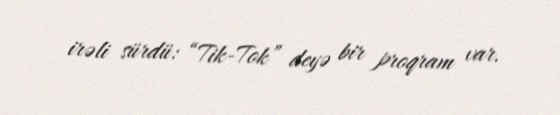
irəli sürdü: “Tik-Tok” deyə bir proqram var.